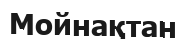
Мойнақтан